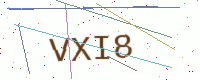
Text: VXI8